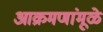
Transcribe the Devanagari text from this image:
आक्रमणांमूळे